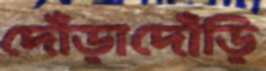
দৌঁড়াদৌঁড়ি